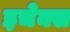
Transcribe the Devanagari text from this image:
इचेक्स